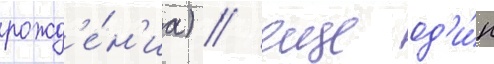
рожд'е́н'иа) / еще од'и́н